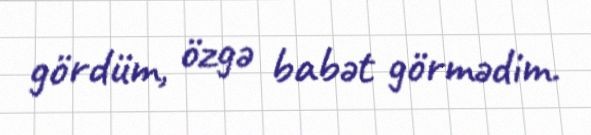
gördüm, özgə babət görmədim.